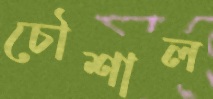
চৌশাল